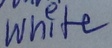
Text: White